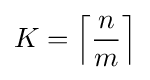
K=\left\lceil {\frac {n}{m}}\right\rceil